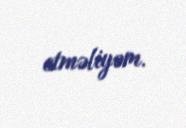
etməliyəm.